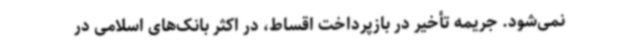
نمی‌شود. جریمه تأخیر در بازپرداخت اقساط، در اکثر بانک‌های اسلامی در